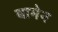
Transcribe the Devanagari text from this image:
बामेन